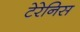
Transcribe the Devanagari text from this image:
टेरेनिस